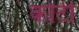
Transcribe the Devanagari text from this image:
कोटीं